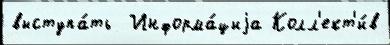
выступа́ть  Информа́циjа Колл'ект'и́в